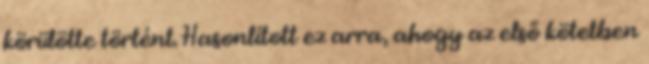
körülötte történt. Hasonlított ez arra, ahogy az első kötetben